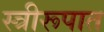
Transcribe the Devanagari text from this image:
स्त्रीरूपात